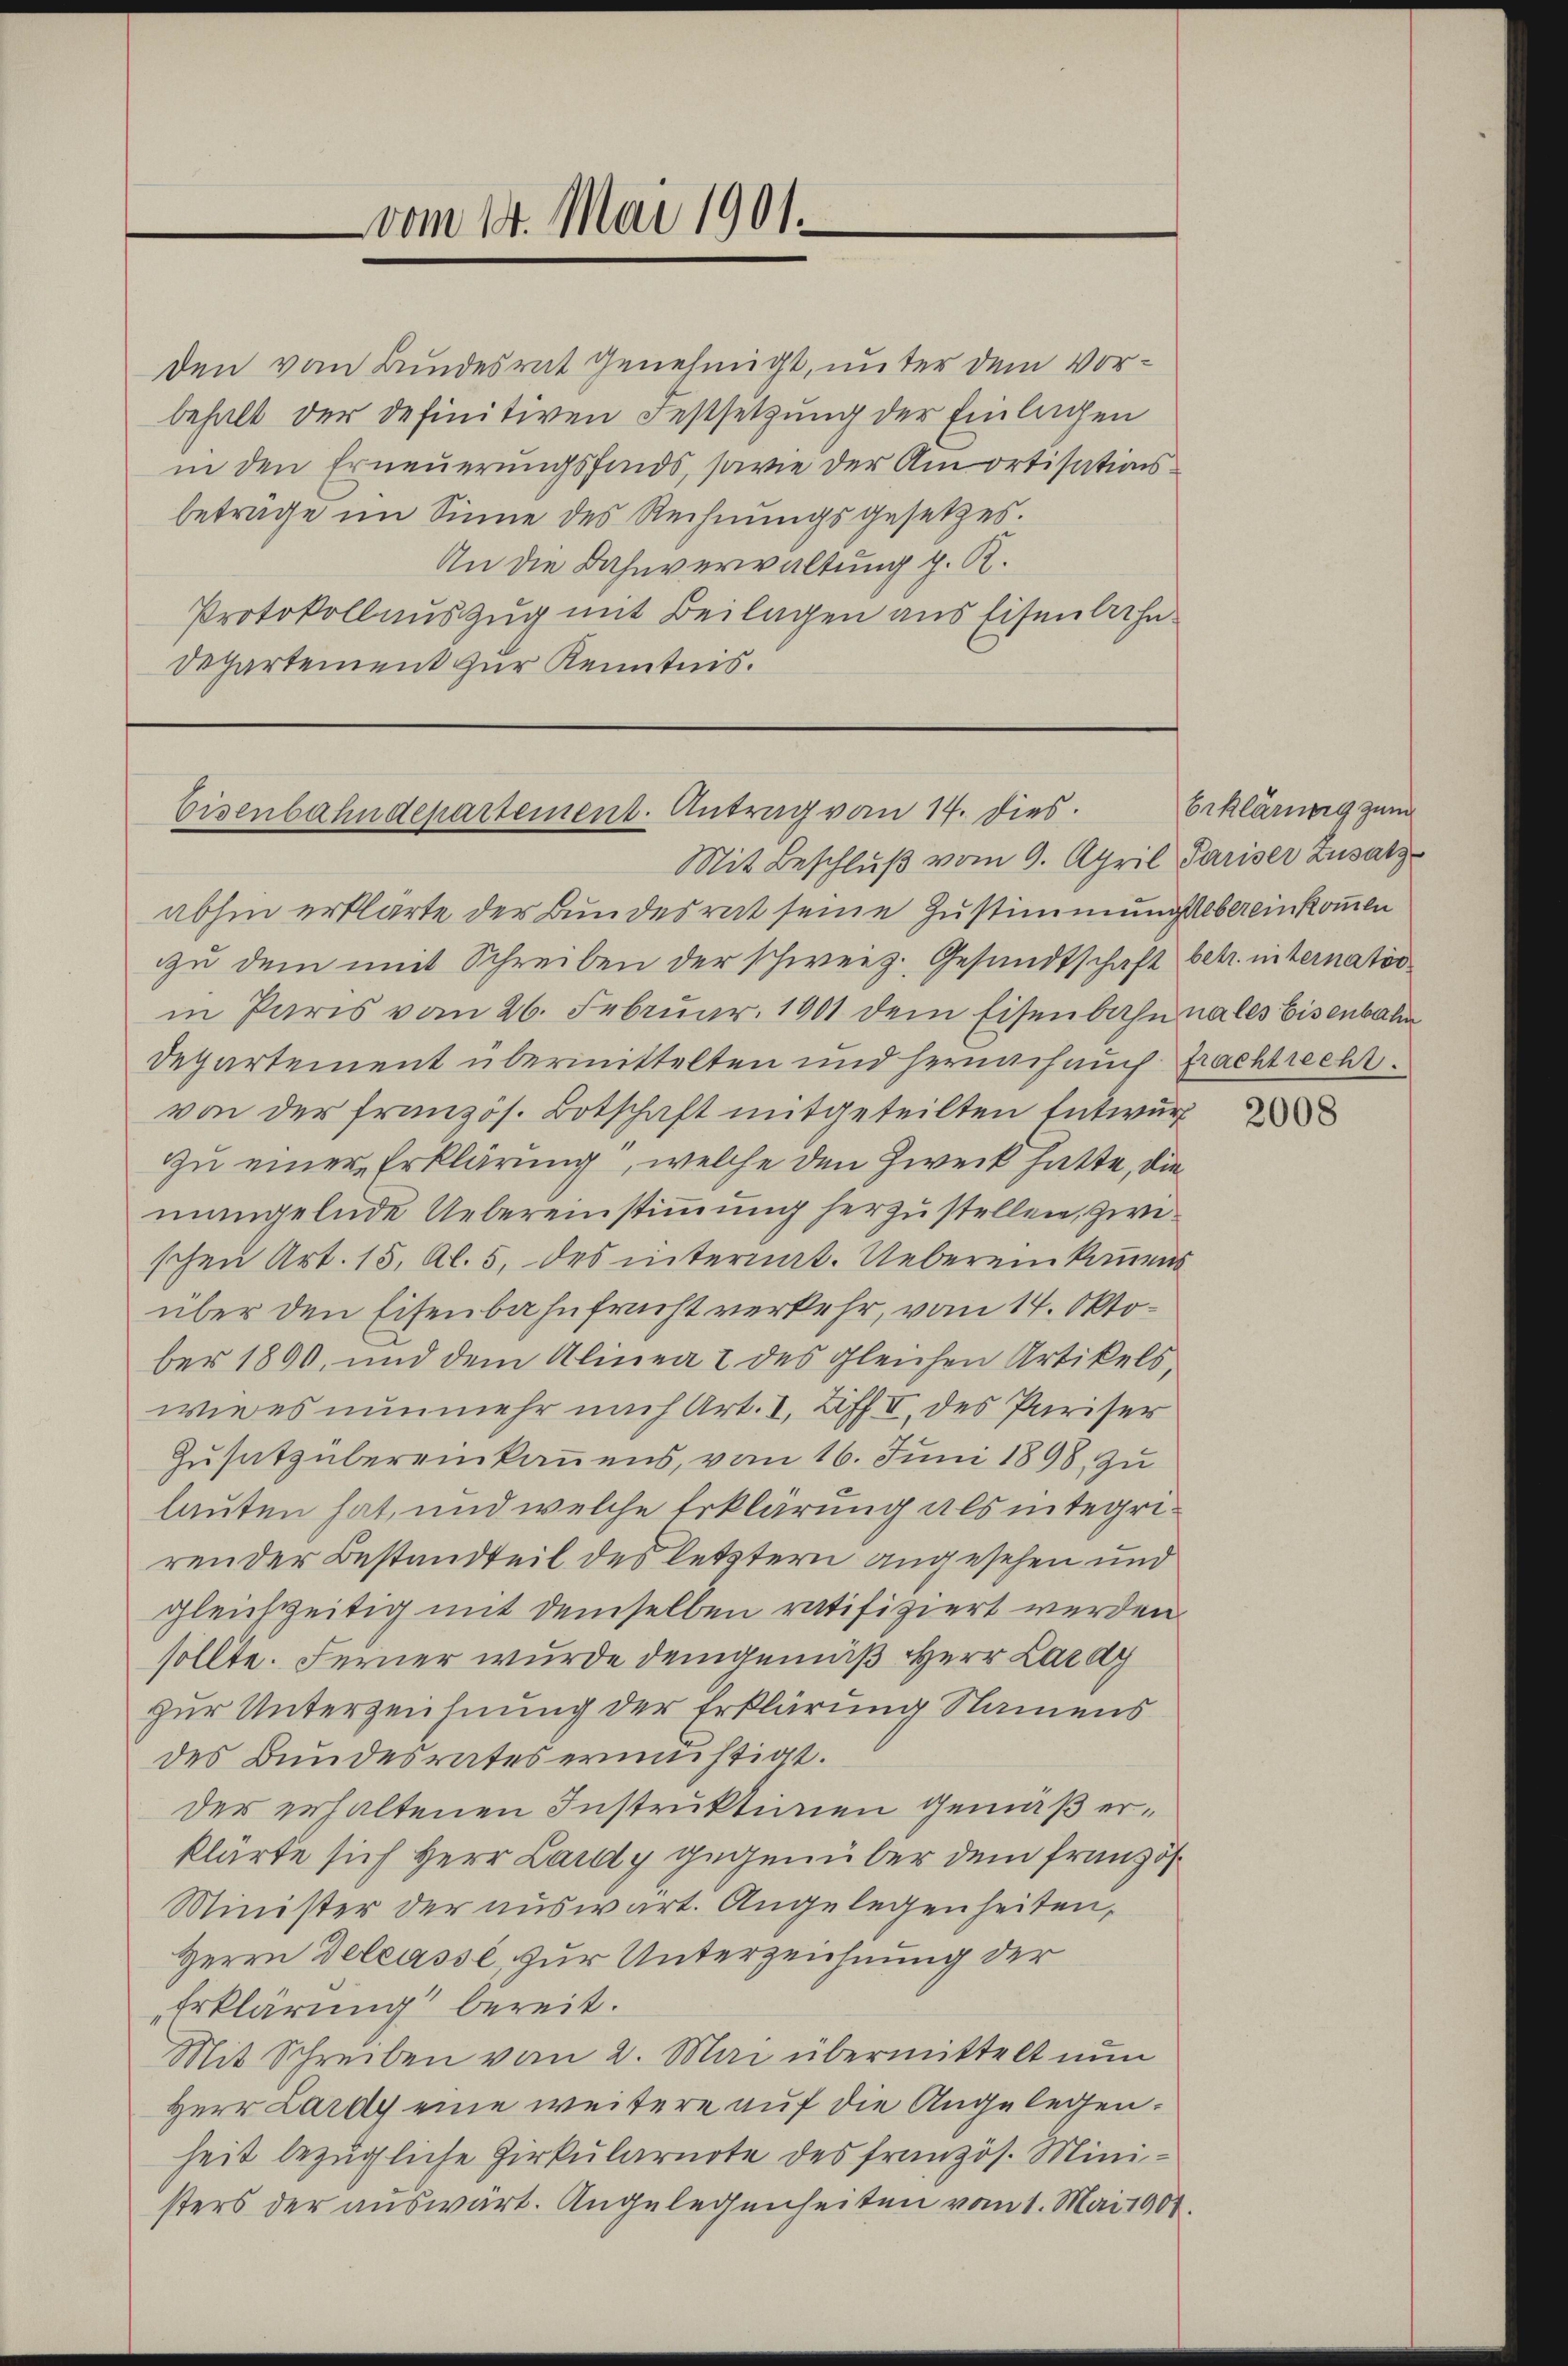
vom 18. Mai 1901.

den vom Bundesrat genehmigt, unter dem Vorbehalt der definitiven Festsetzung der Einlagen
in den Erneuerungsfonds, sowie der Amortisationsbetrage im Sinne des Rechnungsgesetzes
An die Bahnverwaltung z. R.
Protokollauszug mit Beilagen aus Eisenbahn¬
Departement zur Kenntnis.

Eisenbahndepartement. Antrag vom 14. dies
Mit Beschluß vom 9. April Pariser Zusatz

abhin erklärte der Bundesrat seine Zustimmungsbereinkommen
zzu dem mit Schreiben der schweiz. Gesandtschaft betr. internatio
in Paris vom 26. Februar 1901 dem Eisenbahn nales Eisenbahn
Departement übermittelten und hernach auch frachtrecht.
von der französ. Botschaft mitgeteilten Entwurf
zu einer Erklärung, welche den Zweck hatte, die
mangelnde Uebereinstimmung herzustellen, zwischen Art. 15, Al. 5, des internat. Uebereinkommens
über den Eisenbahnfrucht verkehr, vom 14. Oktober 1890, und dem Alinea 2 des gleichen Artikels
wie es nunmehr nach Art. I. Ziff II. des Pariser
Zusatz übereinkamens, vom 16. Juni 1898 zu
lauten hat, und welche Erklärung als integrirender Bestandteil des letztern angesehen und
gleichzeitig mit demselben ratifiziert werden.
sollte. Ferner wurde demgemäß Herr Lardy
zur Unterzeichnung der Erklärung Namens
des Bundesrates ermächtigt.
der erhaltenen Instrukturien gemäß erklärte sich Herr Lardy gegenüber dem französ¬
Minister der auswart. Angelegenheiten,
Herrn Deleasse, zur Unterzeichnung der
Erklärung bereit.
Mit Schreiben vom 2. Mai übermittelt nun
Herr Lardy eine weitere auf die Angelegen.
heit bezügliche Zirkularirte des französ. Ministers der auswärt. Angelegenheiten vom 1. Mai 1904.

Erklärung zum

2008